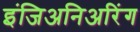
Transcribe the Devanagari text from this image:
इंजिअनिअरिंग